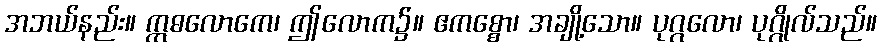
အဘယ်နည်း။ ဣဓလောကေ၊ ဤလောက၌။ ဧကစ္စော၊ အချို့သော။ ပုဂ္ဂလော၊ ပုဂ္ဂိုလ်သည်။